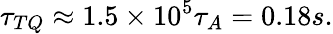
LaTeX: \tau_{TQ}\approx 1.5\times 10^{5}\tau_{A}=0.18s.